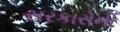
સરકારોની